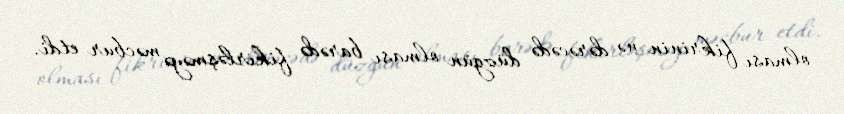
olması fikrinin nə dərəcədə düzgün olması barədə fikirləşməyə məcbur etdi.